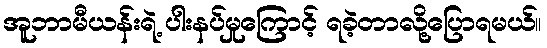
အူဘာမီယန်းရဲ့ ပါးနပ်မှုကြောင့် ရခဲ့တာလို့ပြောရမယ်။